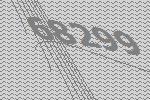
68299